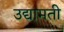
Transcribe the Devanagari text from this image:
उद्यामती